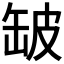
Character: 𮉲